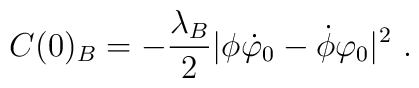
C(0)_B=-\frac{\lambda_B}{2}|\phi\dot\varphi_0-\dot\phi\varphi_0|^2\ .